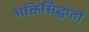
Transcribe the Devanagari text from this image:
भक्तिसिद्धांतों